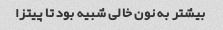
بیشتر به نون خالی شبیه بود تا پیتزا